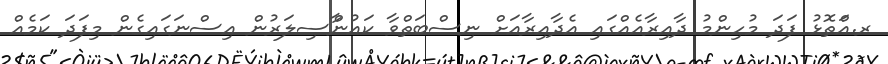
ރ.އަްތޮޅު ފަދަ މުހިންމު ދާއިރާއެއްގައި އެދާއިރާއަށް ނިސްބަތްވާ ކައުންާސިލަރުން އިސްނަގައިގެން މިފަދަ ކަމެއް